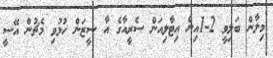
މިލާން ބަލިވީ 2-1އިން އިޓާލިއަން ސެރީއާގެ އާ ސީޒަން ހުޅުވި މެޗުން އޭސީ